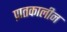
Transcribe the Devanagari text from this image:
प्रातकालीन